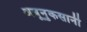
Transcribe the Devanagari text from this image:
अब्रूनुकसानी